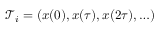
\mathcal { T } _ { i } = ( x ( 0 ) , x ( \tau ) , x ( 2 \tau ) , \hdots )